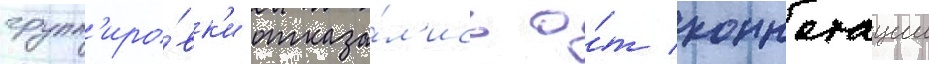
групп'иро́вк'и отказа́л'ись о́т коннотации